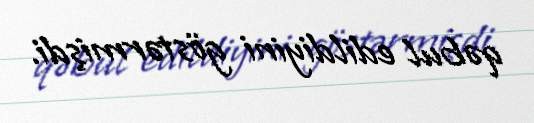
qəbul edildiyini göstərmişdi.